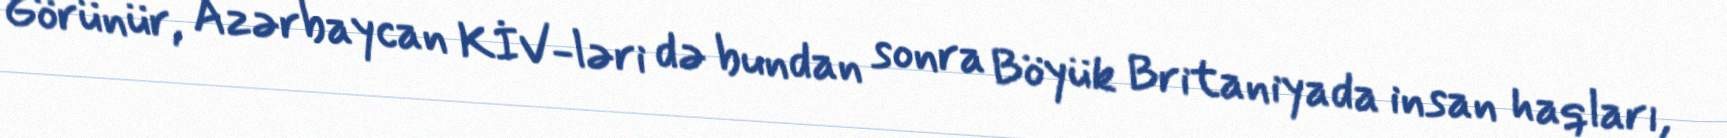
Görünür, Azərbaycan KİV-ləri də bundan sonra Böyük Britaniyada insan haqları,